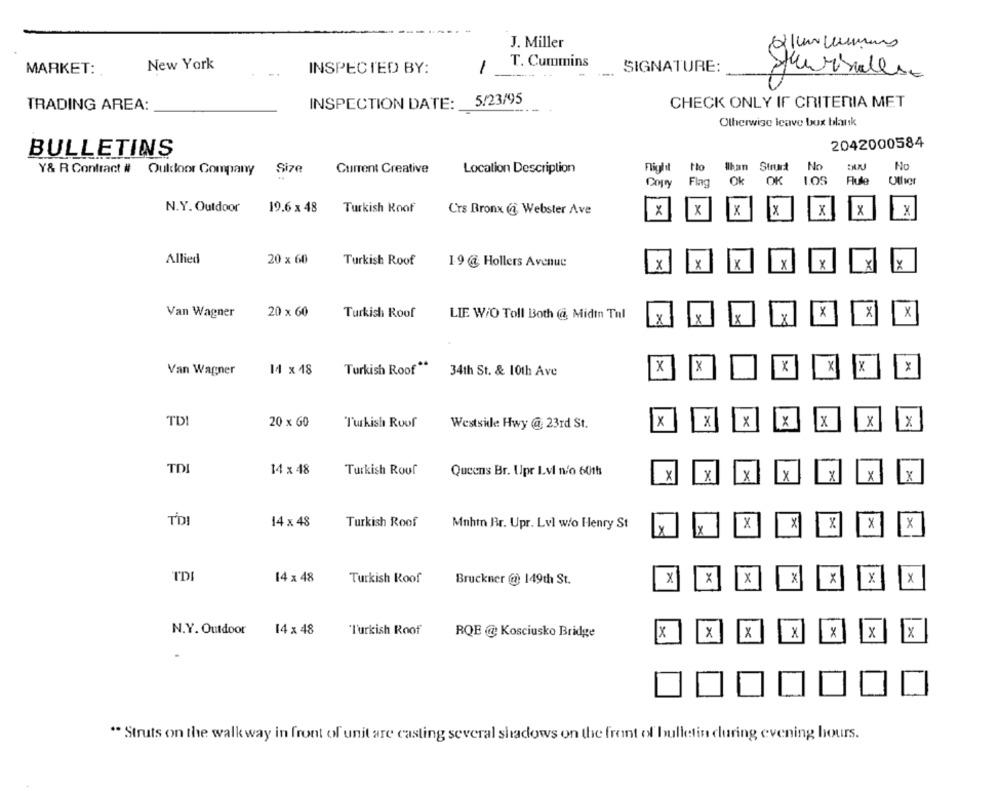
J. Miller
T. Cummins
MARKET:
New York
INSPECTED BY:
1
SIGNATURE:
5/23/95
CHECK ONLY IF CRITERIA MET
TRADING AREA:
INSPECTION DATE:
Otherwise leave bux blank
2042000584
BULLETINS
ilhan Strunt
No
No
Y& R Contract # Outdoor Company
Size
Current Creative
Location Description
Cops
Flag
Ok
OK
1.05
Flule
Other
N.Y. Outdoor
19.6 x 48
Turkish Roof
Crs Bronx ( Webster Ave
X
X
X
X
X
Allied
20 x 60
Turkish Roof
19 @ Hollers Avenue
X
X
X
X
x
Van Wagner
20 x 60
Turkish Roof
LIE W/O Toll Both (@ Midtn Tul
X
X
X
X
Van Wagner
14 x 48
Turkish Roof **
34th St. & 10th Ave
X
X
X
TD!
20 x 60
Turkish Roof
Westside Hwy @ 23rd St.
X
X
X
X
X
X
X
TDI
14 x 48
Turkish Rouf
Queens Br. Upr Lvl n/o 601h
X
X
X
Y
X
T'DI
14 x 48
X
X
X
Turkish Roof
Mnhtn Br. Upr. Lvl w/o Henry St
x
Y
X
TD
X
X
14 x 48
Turkish Roof
Bruckner @ 149th St.
X
X
X
X
X
N.Y. Outdoor
14 x 48
"T'urkish Roof
RQE @ Kosciusko Bridge
x
X
X
X
x
x
" Struts on the walk way in front of unit are casting several shadows on the front of bulletin during evening hours.